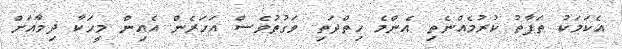
އެކަމަކު ތަފާތު ކުރުމެއްނެތި އެންމެ ހިތްދަތި ވަގުތުވެސް އަހަރެން އެއިން މީހަކާ ދިމާއަށް